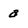
Character: a